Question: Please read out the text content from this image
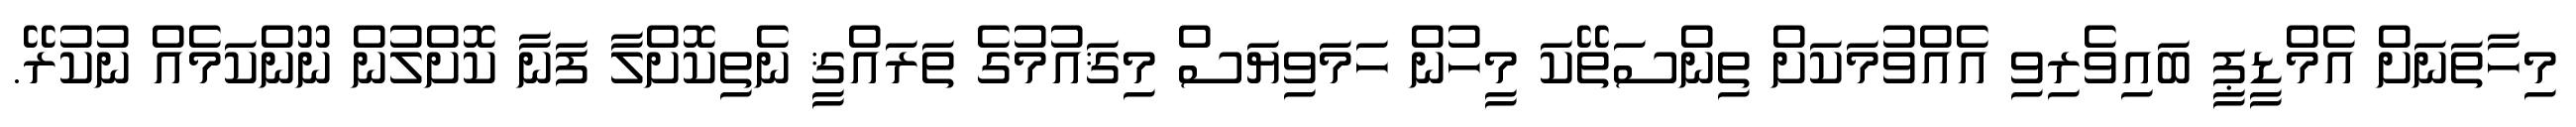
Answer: މިހާތަނަށް އެމްޑީޕީ ބައިވެރިވި އެއްވުމަކަށް ތިންސަތޭކަ މީހުން ހަމަވިޔަސް މިޤައުމުގެ ތަރައްޤީ ނެތިކޮށްލާ ފަނާ ކޮށްލުން ނޫންކަމެއް ނުކުރޭ.